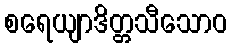
စရေယျာဒိတ္တသီသောဝ